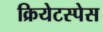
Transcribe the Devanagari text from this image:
क्रियेटस्पेस